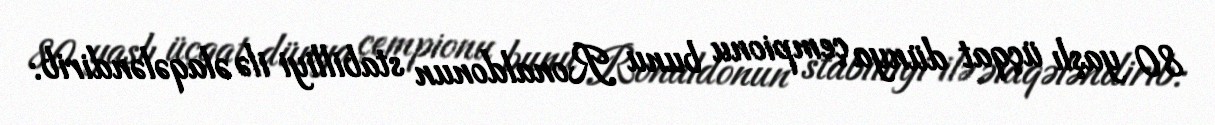
80 yaşlı üçqat dünya çempionu bunu Ronaldonun stabilliyi ilə əlaqələndirib: